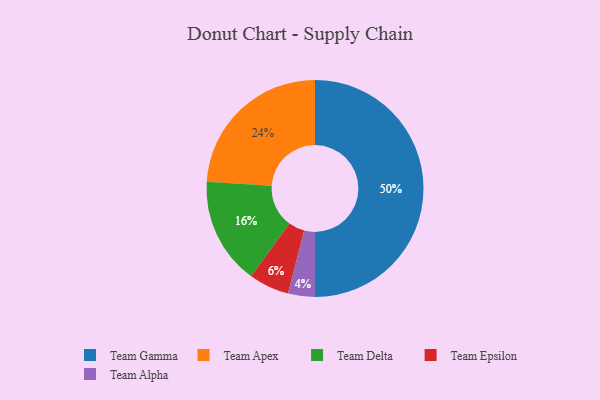
{"axis": {"x": "Category", "y": "Percentage"}, "legend": ["Team Alpha", "Team Apex", "Team Delta", "Team Epsilon", "Team Gamma"], "data": [{"x": "Team Epsilon", "y": 6, "type": "Team Epsilon"}, {"x": "Team Apex", "y": 24, "type": "Team Apex"}, {"x": "Team Gamma", "y": 50, "type": "Team Gamma"}, {"x": "Team Alpha", "y": 4, "type": "Team Alpha"}, {"x": "Team Delta", "y": 16, "type": "Team Delta"}]}